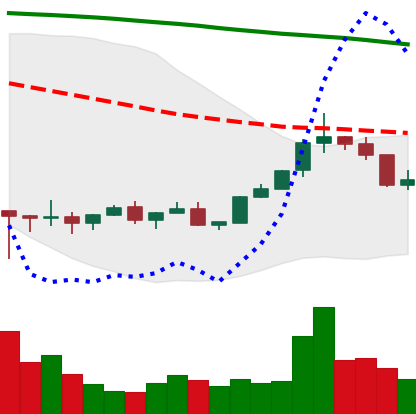
Ticker: XLM-USD
Chart end date: 2022-02-12
Forward return: -7.226%
Label: down_7plus